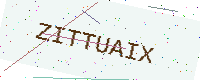
Text: ZITTUAIX